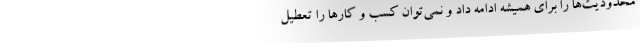
محدودیت‌ها را برای همیشه ادامه داد و نمی‌توان کسب و کارها را تعطیل